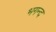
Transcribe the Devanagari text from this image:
भगन्द